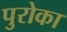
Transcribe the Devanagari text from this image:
पुरोका